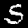
Label: 5